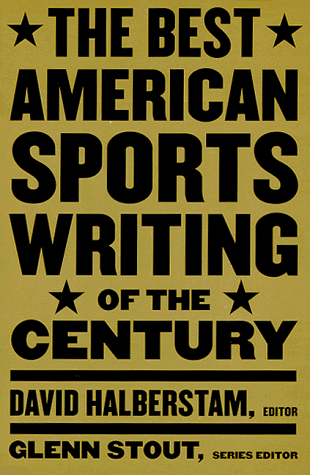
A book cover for The Best American Sports Writing of the Century; Sports & Outdoors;